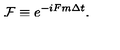
\mathcal { F } \equiv e ^ { - i F m \Delta t } .